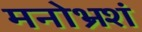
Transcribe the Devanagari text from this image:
मनोभ्रशं